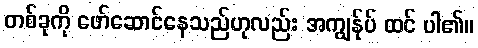
တစ်ခုကို ဖော်ဆောင်နေသည်ဟုလည်း အကျွန်ုပ် ထင် ပါ၏။